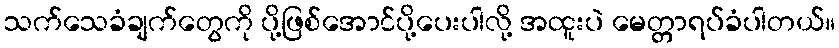
သက်သေခံချက်တွေကို ပို့ဖြစ်အောင်ပို့ပေးပါလို့ အထူးပဲ မေတ္တာရပ်ခံပါတယ်။